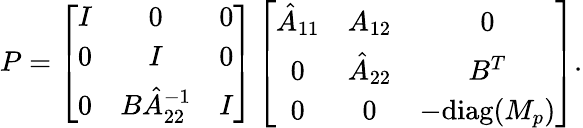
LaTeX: P=\left[{\begin{array}{ccc}{I}&{0}&{0}\\ {{{{0}}}}&{I}&{0}\\ {0}&{B\hat{A}_{22}^{-1}}&{I}\end{array}}\right]\left[{\begin{array}{ccc}{{{\hat{A}_{11}}}}&{A_{12}}&{0}\\ {{{{0}}}}&{{{\hat{A}_{22}}}}&{{{B^{T}}}}\\ {0}&{0}&{-\mathrm{diag}(M_{p})}\end{array}}\right].